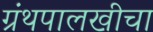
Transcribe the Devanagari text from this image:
ग्रंथपालखीचा